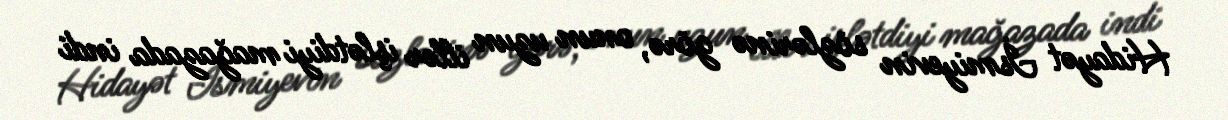
Hidayət İsmiyevin sözlərinə görə, onun uzun illər işlətdiyi mağazada indi